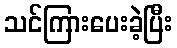
သင်ကြားပေးခဲ့ပြီး